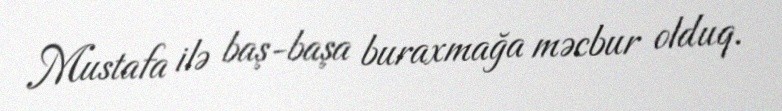
Mustafa ilə baş-başa buraxmağa məcbur olduq.